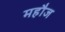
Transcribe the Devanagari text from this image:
महौज